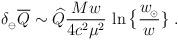
LaTeX: \begin{align*}\delta_{_\ominus}\overline Q\sim \widehat Q {Mw\over 4c^2\mu^2}\,\ln\big\{ {w_{\!_\odot}\over w} \} \ .\end{align*}